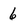
Character: 6